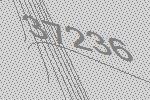
37236